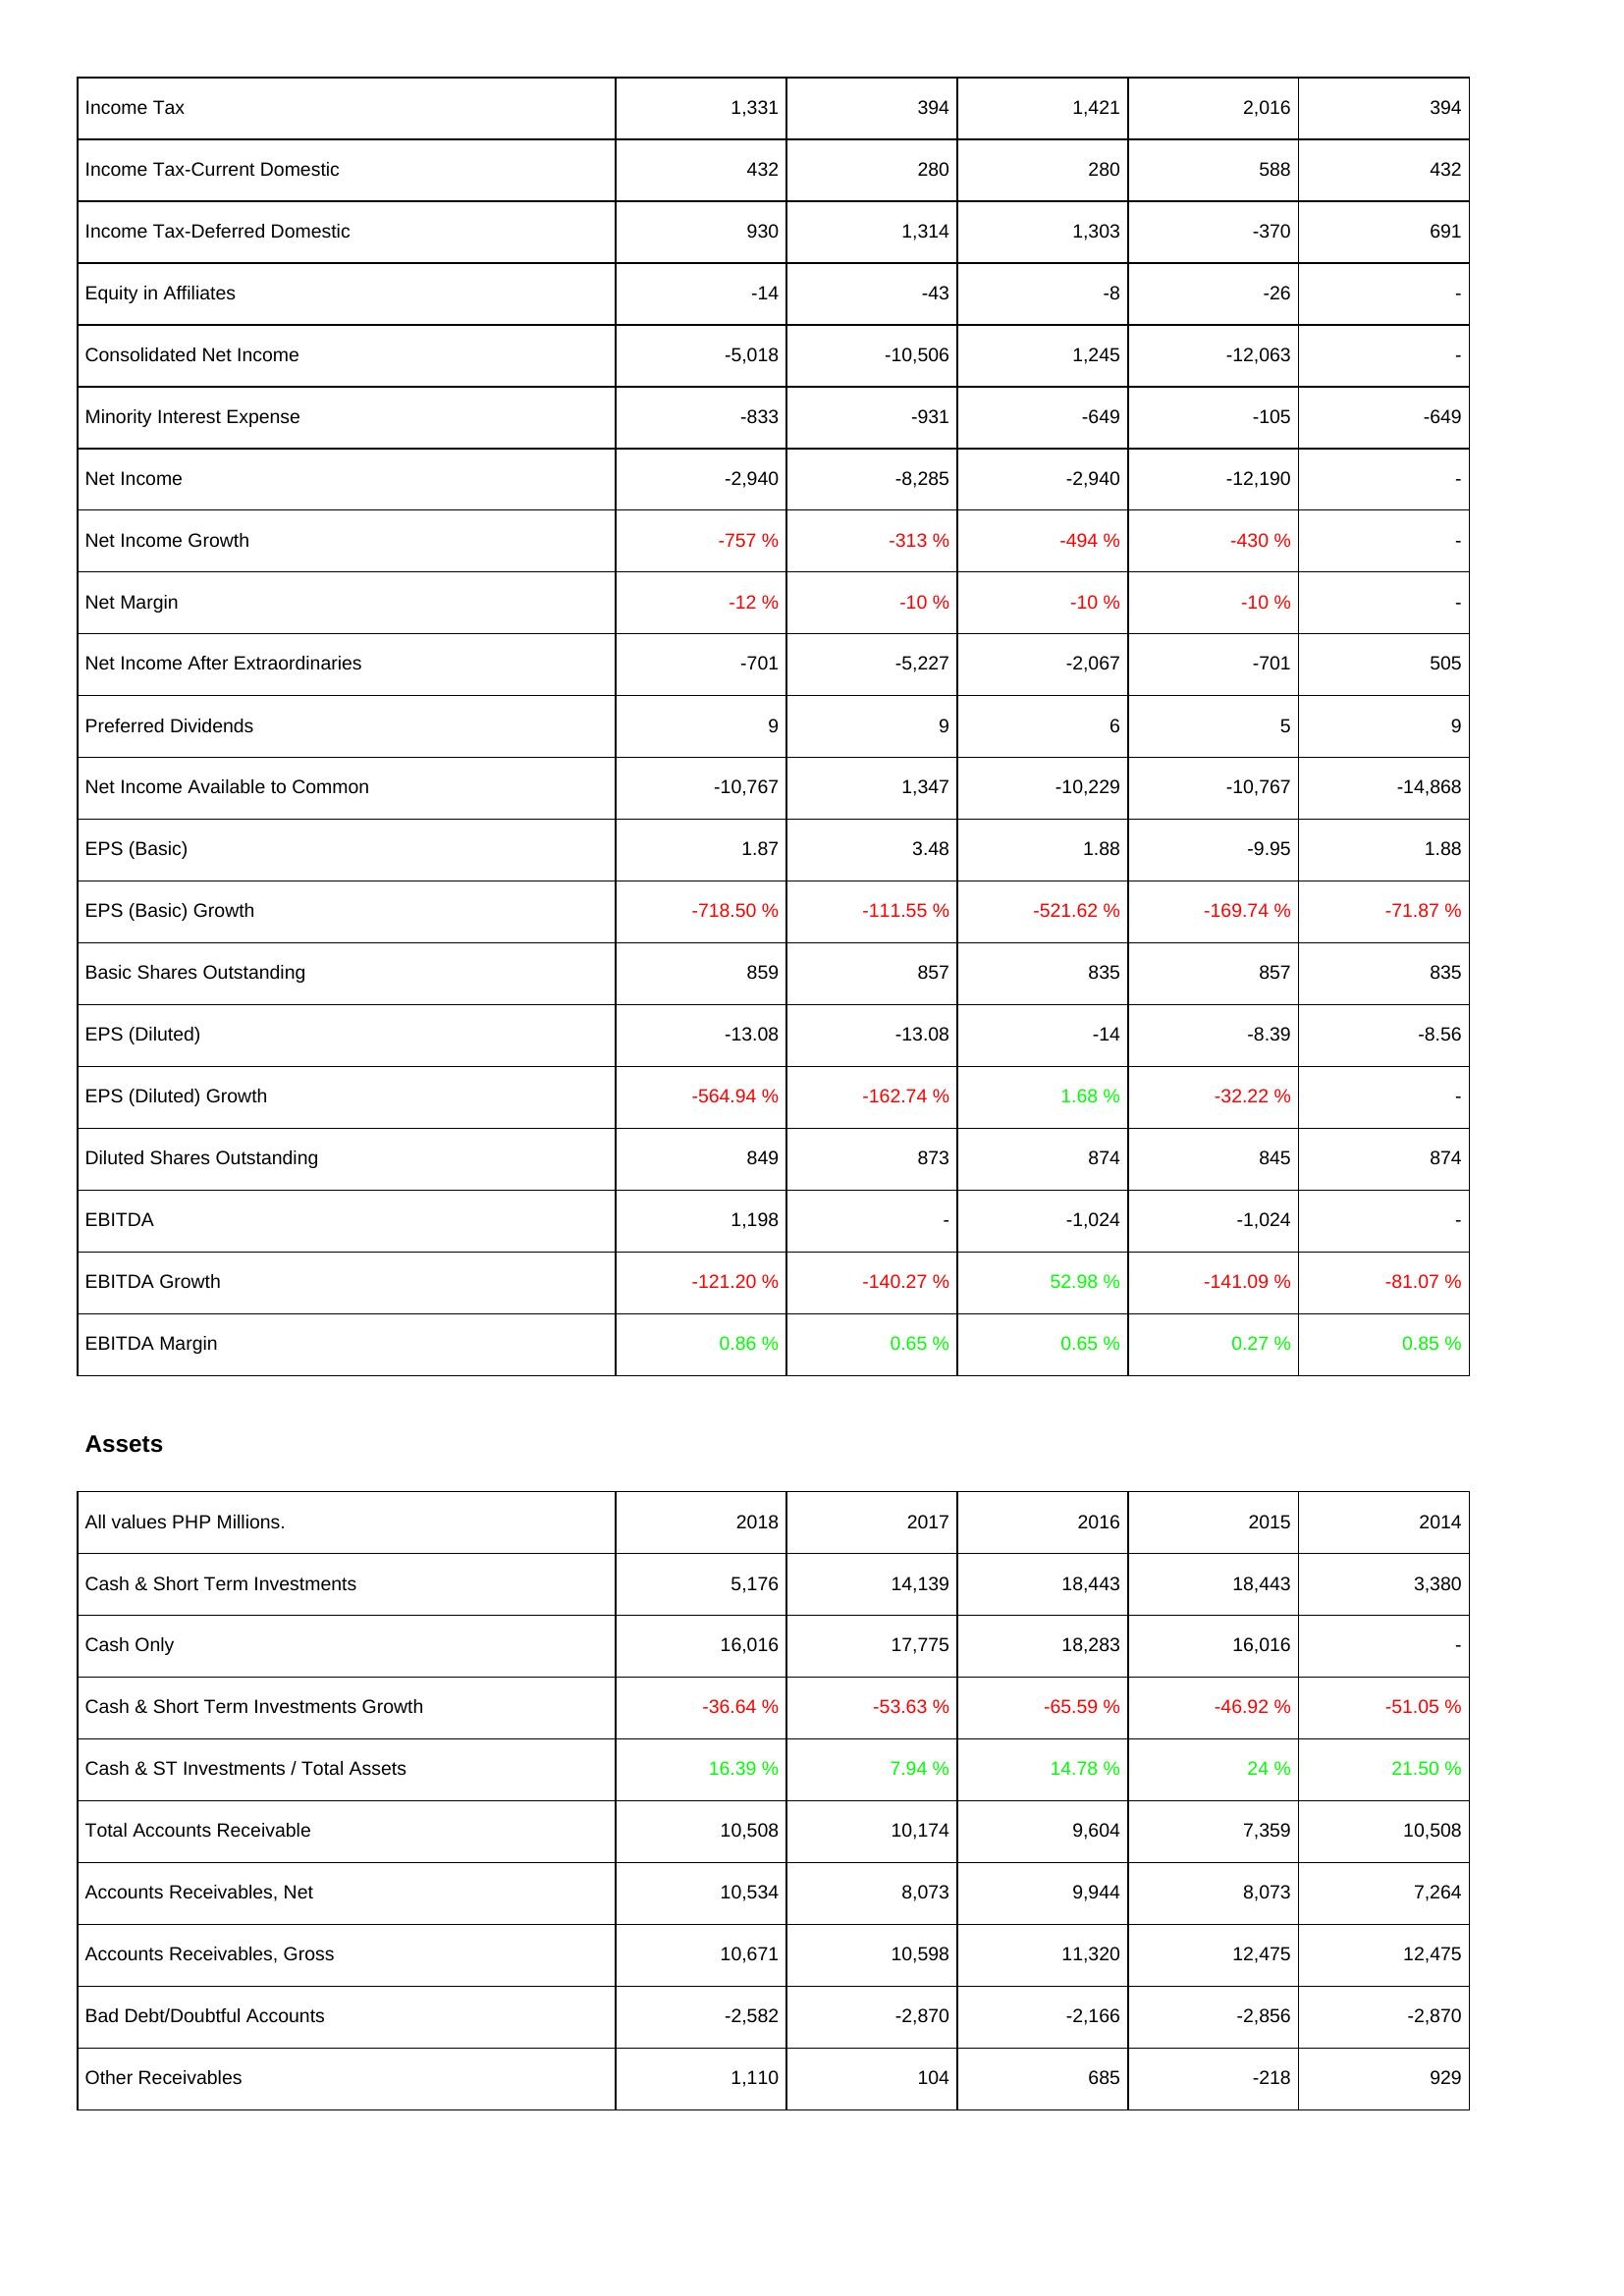
2018: Income Statement: Income Tax: 1,331
Income Tax-Current Domestic: 432
Income Tax-Deferred Domestic: 930
Equity in Affiliates: -14
Consolidated Net Income: -5,018
Minority Interest Expense: -833
Net Income: -2,940
Net Income Growth: -757 %
Net Margin: -12 %
Net Income After Extraordinaries: -701
Preferred Dividends: 9
Net Income Available to Common: -10,767
EPS (Basic): 1.87
EPS (Basic) Growth: -718.50 %
Basic Shares Outstanding: 859
EPS (Diluted): -13.08
EPS (Diluted) Growth: -564.94 %
Diluted Shares Outstanding: 849
EBITDA: 1,198
EBITDA Growth: -121.20 %
EBITDA Margin: 0.86 %
Assets: Cash & Short Term Investments: 5,176
Cash Only: 16,016
Cash & Short Term Investments Growth: -36.64 %
Cash & ST Investments / Total Assets: 16.39 %
Total Accounts Receivable: 10,508
Accounts Receivables, Net: 10,534
Accounts Receivables, Gross: 10,671
Bad Debt/Doubtful Accounts: -2,582
Other Receivables: 1,110
2017: Income Statement: Income Tax: 394
Income Tax-Current Domestic: 280
Income Tax-Deferred Domestic: 1,314
Equity in Affiliates: -43
Consolidated Net Income: -10,506
Minority Interest Expense: -931
Net Income: -8,285
Net Income Growth: -313 %
Net Margin: -10 %
Net Income After Extraordinaries: -5,227
Preferred Dividends: 9
Net Income Available to Common: 1,347
EPS (Basic): 3.48
EPS (Basic) Growth: -111.55 %
Basic Shares Outstanding: 857
EPS (Diluted): -13.08
EPS (Diluted) Growth: -162.74 %
Diluted Shares Outstanding: 873
EBITDA: -
EBITDA Growth: -140.27 %
EBITDA Margin: 0.65 %
Assets: Cash & Short Term Investments: 14,139
Cash Only: 17,775
Cash & Short Term Investments Growth: -53.63 %
Cash & ST Investments / Total Assets: 7.94 %
Total Accounts Receivable: 10,174
Accounts Receivables, Net: 8,073
Accounts Receivables, Gross: 10,598
Bad Debt/Doubtful Accounts: -2,870
Other Receivables: 104
2016: Income Statement: Income Tax: 1,421
Income Tax-Current Domestic: 280
Income Tax-Deferred Domestic: 1,303
Equity in Affiliates: -8
Consolidated Net Income: 1,245
Minority Interest Expense: -649
Net Income: -2,940
Net Income Growth: -494 %
Net Margin: -10 %
Net Income After Extraordinaries: -2,067
Preferred Dividends: 6
Net Income Available to Common: -10,229
EPS (Basic): 1.88
EPS (Basic) Growth: -521.62 %
Basic Shares Outstanding: 835
EPS (Diluted): -14
EPS (Diluted) Growth: 1.68 %
Diluted Shares Outstanding: 874
EBITDA: -1,024
EBITDA Growth: 52.98 %
EBITDA Margin: 0.65 %
Assets: Cash & Short Term Investments: 18,443
Cash Only: 18,283
Cash & Short Term Investments Growth: -65.59 %
Cash & ST Investments / Total Assets: 14.78 %
Total Accounts Receivable: 9,604
Accounts Receivables, Net: 9,944
Accounts Receivables, Gross: 11,320
Bad Debt/Doubtful Accounts: -2,166
Other Receivables: 685
2015: Income Statement: Income Tax: 2,016
Income Tax-Current Domestic: 588
Income Tax-Deferred Domestic: -370
Equity in Affiliates: -26
Consolidated Net Income: -12,063
Minority Interest Expense: -105
Net Income: -12,190
Net Income Growth: -430 %
Net Margin: -10 %
Net Income After Extraordinaries: -701
Preferred Dividends: 5
Net Income Available to Common: -10,767
EPS (Basic): -9.95
EPS (Basic) Growth: -169.74 %
Basic Shares Outstanding: 857
EPS (Diluted): -8.39
EPS (Diluted) Growth: -32.22 %
Diluted Shares Outstanding: 845
EBITDA: -1,024
EBITDA Growth: -141.09 %
EBITDA Margin: 0.27 %
Assets: Cash & Short Term Investments: 18,443
Cash Only: 16,016
Cash & Short Term Investments Growth: -46.92 %
Cash & ST Investments / Total Assets: 24 %
Total Accounts Receivable: 7,359
Accounts Receivables, Net: 8,073
Accounts Receivables, Gross: 12,475
Bad Debt/Doubtful Accounts: -2,856
Other Receivables: -218
2014: Income Statement: Income Tax: 394
Income Tax-Current Domestic: 432
Income Tax-Deferred Domestic: 691
Equity in Affiliates: -
Consolidated Net Income: -
Minority Interest Expense: -649
Net Income: -
Net Income Growth: -
Net Margin: -
Net Income After Extraordinaries: 505
Preferred Dividends: 9
Net Income Available to Common: -14,868
EPS (Basic): 1.88
EPS (Basic) Growth: -71.87 %
Basic Shares Outstanding: 835
EPS (Diluted): -8.56
EPS (Diluted) Growth: -
Diluted Shares Outstanding: 874
EBITDA: -
EBITDA Growth: -81.07 %
EBITDA Margin: 0.85 %
Assets: Cash & Short Term Investments: 3,380
Cash Only: -
Cash & Short Term Investments Growth: -51.05 %
Cash & ST Investments / Total Assets: 21.50 %
Total Accounts Receivable: 10,508
Accounts Receivables, Net: 7,264
Accounts Receivables, Gross: 12,475
Bad Debt/Doubtful Accounts: -2,870
Other Receivables: 929